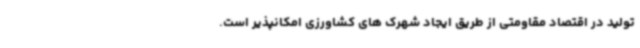
تولید در اقتصاد مقاومتی از طریق ایجاد شهرک های کشاورزی امکانپذیر است.